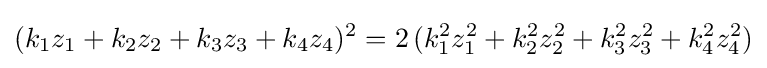
(k_{1}z_{1}+k_{2}z_{2}+k_{3}z_{3}+k_{4}z_{4})^{2}=2\,(k_{1}^{2}z_{1}^{2}+k_{2}^{2}z_{2}^{2}+k_{3}^{2}z_{3}^{2}+k_{4}^{2}z_{4}^{2})